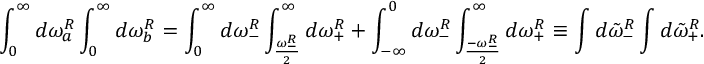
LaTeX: \int _ { 0 } ^ { \infty } d \omega _ { a } ^ { R } \int _ { 0 } ^ { \infty } d \omega _ { b } ^ { R } = \int _ { 0 } ^ { \infty } d \omega _ { - } ^ { R } \int _ { \frac { \omega _ { - } ^ { R } } { 2 } } ^ { \infty } d \omega _ { + } ^ { R } + \int _ { - \infty } ^ { 0 } d \omega _ { - } ^ { R } \int _ { \frac { - \omega _ { - } ^ { R } } { 2 } } ^ { \infty } d \omega _ { + } ^ { R } \equiv \int d { \tilde { \omega } } _ { - } ^ { R } \int d { \tilde { \omega } } _ { + } ^ { R } .